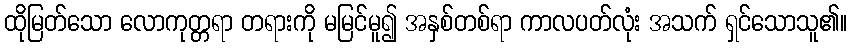
ထိုမြတ်သော လောကုတ္တရာ တရားကို မမြင်မူ၍ အနှစ်တစ်ရာ ကာလပတ်လုံး အသက် ရှင်သောသူ၏။